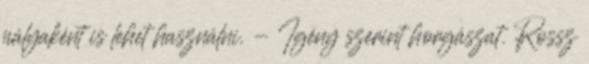
pályaként is lehet használni. - Igény szerint horgászat. Rossz